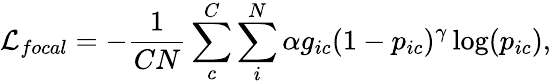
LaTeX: \mathcal{L}_{focal}=-\frac{1}{CN}\sum_{c}^{C}\sum_{i}^{N}\alpha g_{ic}(1-p_{ic})^{\gamma}\log(p_{ic}),